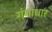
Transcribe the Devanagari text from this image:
गंगाधार